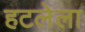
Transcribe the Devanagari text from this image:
हटलेला